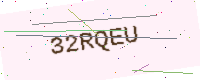
Text: 32RQEU